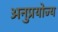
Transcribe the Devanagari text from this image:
अनुप्रयोज्य